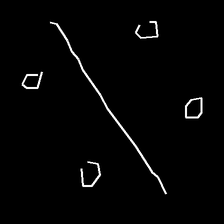
Glyph: cool